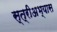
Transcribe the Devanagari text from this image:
स्त्रीअभ्यास